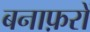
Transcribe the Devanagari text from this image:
बनाफ़रों